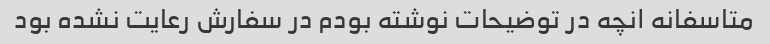
متاسفانه انچه در توضیحات نوشته بودم در سفارش رعایت نشده بود